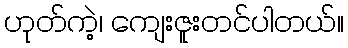
ဟုတ်ကဲ့၊ ကျေးဇူးတင်ပါတယ်။